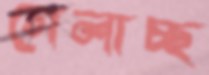
গেলাচ্ছ